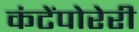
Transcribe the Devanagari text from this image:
कंटेंपोरेरी